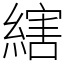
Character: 縖